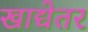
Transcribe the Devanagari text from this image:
खाद्येतर